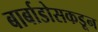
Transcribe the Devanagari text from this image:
बार्बाडोसकडून